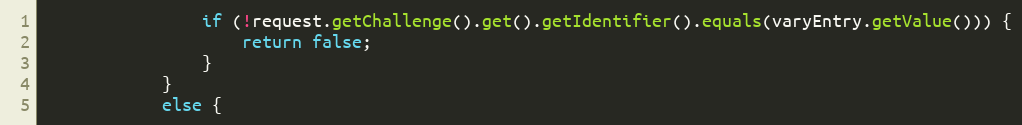
Language: Java
                if (!request.getChallenge().get().getIdentifier().equals(varyEntry.getValue())) {
                    return false;
                }
            }
            else {